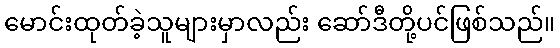
မောင်းထုတ်ခဲ့သူများမှာလည်း ဆော်ဒီတို့ပင်ဖြစ်သည်။